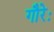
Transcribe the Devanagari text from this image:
गौरेः